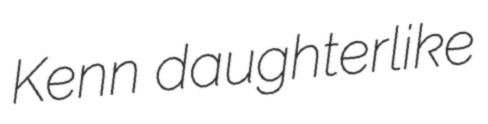
Kenn daughterlike